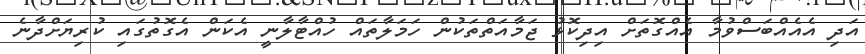
އަދި އެއެއްބަސްވުމާ އެއްގޮތަށް އިދިކޮޅު ޖަމާއަތްތަކުން ހަމަލާތައް ހުއްޓާލާނީ އެކަން އެގޮތުގައި ކުރިޔަށްދާނެ